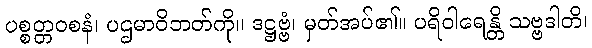
ပစ္စတ္တဝစနံ၊ ပဌမာဝိဘတ်ကို။ ဒဋ္ဌဗ္ဗံ၊ မှတ်အပ်၏။ ပရိဝါရေန္တိ သဗ္ဗဒါတိ၊